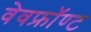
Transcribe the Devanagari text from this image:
वेवफ्रॉण्ट